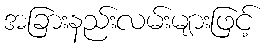
အခြားနည်းလမ်းများဖြင့်